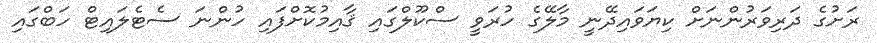
ރަށުގެ ދަރިވަރުންނަށް ކިޔަވައިދޭނީ މާލޭގެ ހުރަވީ ސްކޫލްގައި ޤާއިމުކޮށްފައި ހުންނަ ސެޓެލައިޓް ހަބްގައި